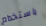
باستخدام